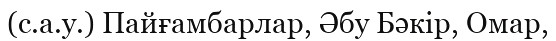
(с.а.у.) Пайғамбарлар, Әбу Бәкір, Омар,